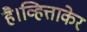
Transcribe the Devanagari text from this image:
है।व्हित्ताकेर